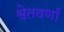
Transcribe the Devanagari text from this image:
श्वेतवर्णां